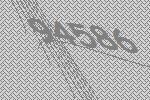
94586